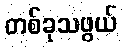
တစ်ခုသဖွယ်